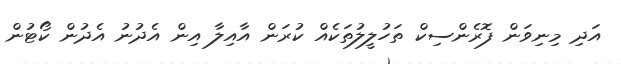
އަދި މިނިވަން ފޮރެންސިކް ތަހުލީލުތަކެއް ކުރަން އާއިލާ އިން އެދުނު އެދުން ކޯޓުން